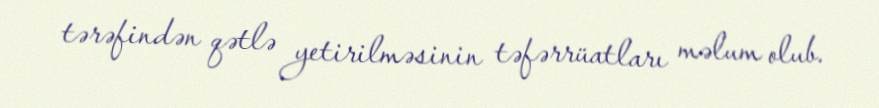
tərəfindən qətlə yetirilməsinin təfərrüatları məlum olub.